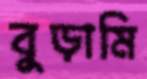
বুড়ামি